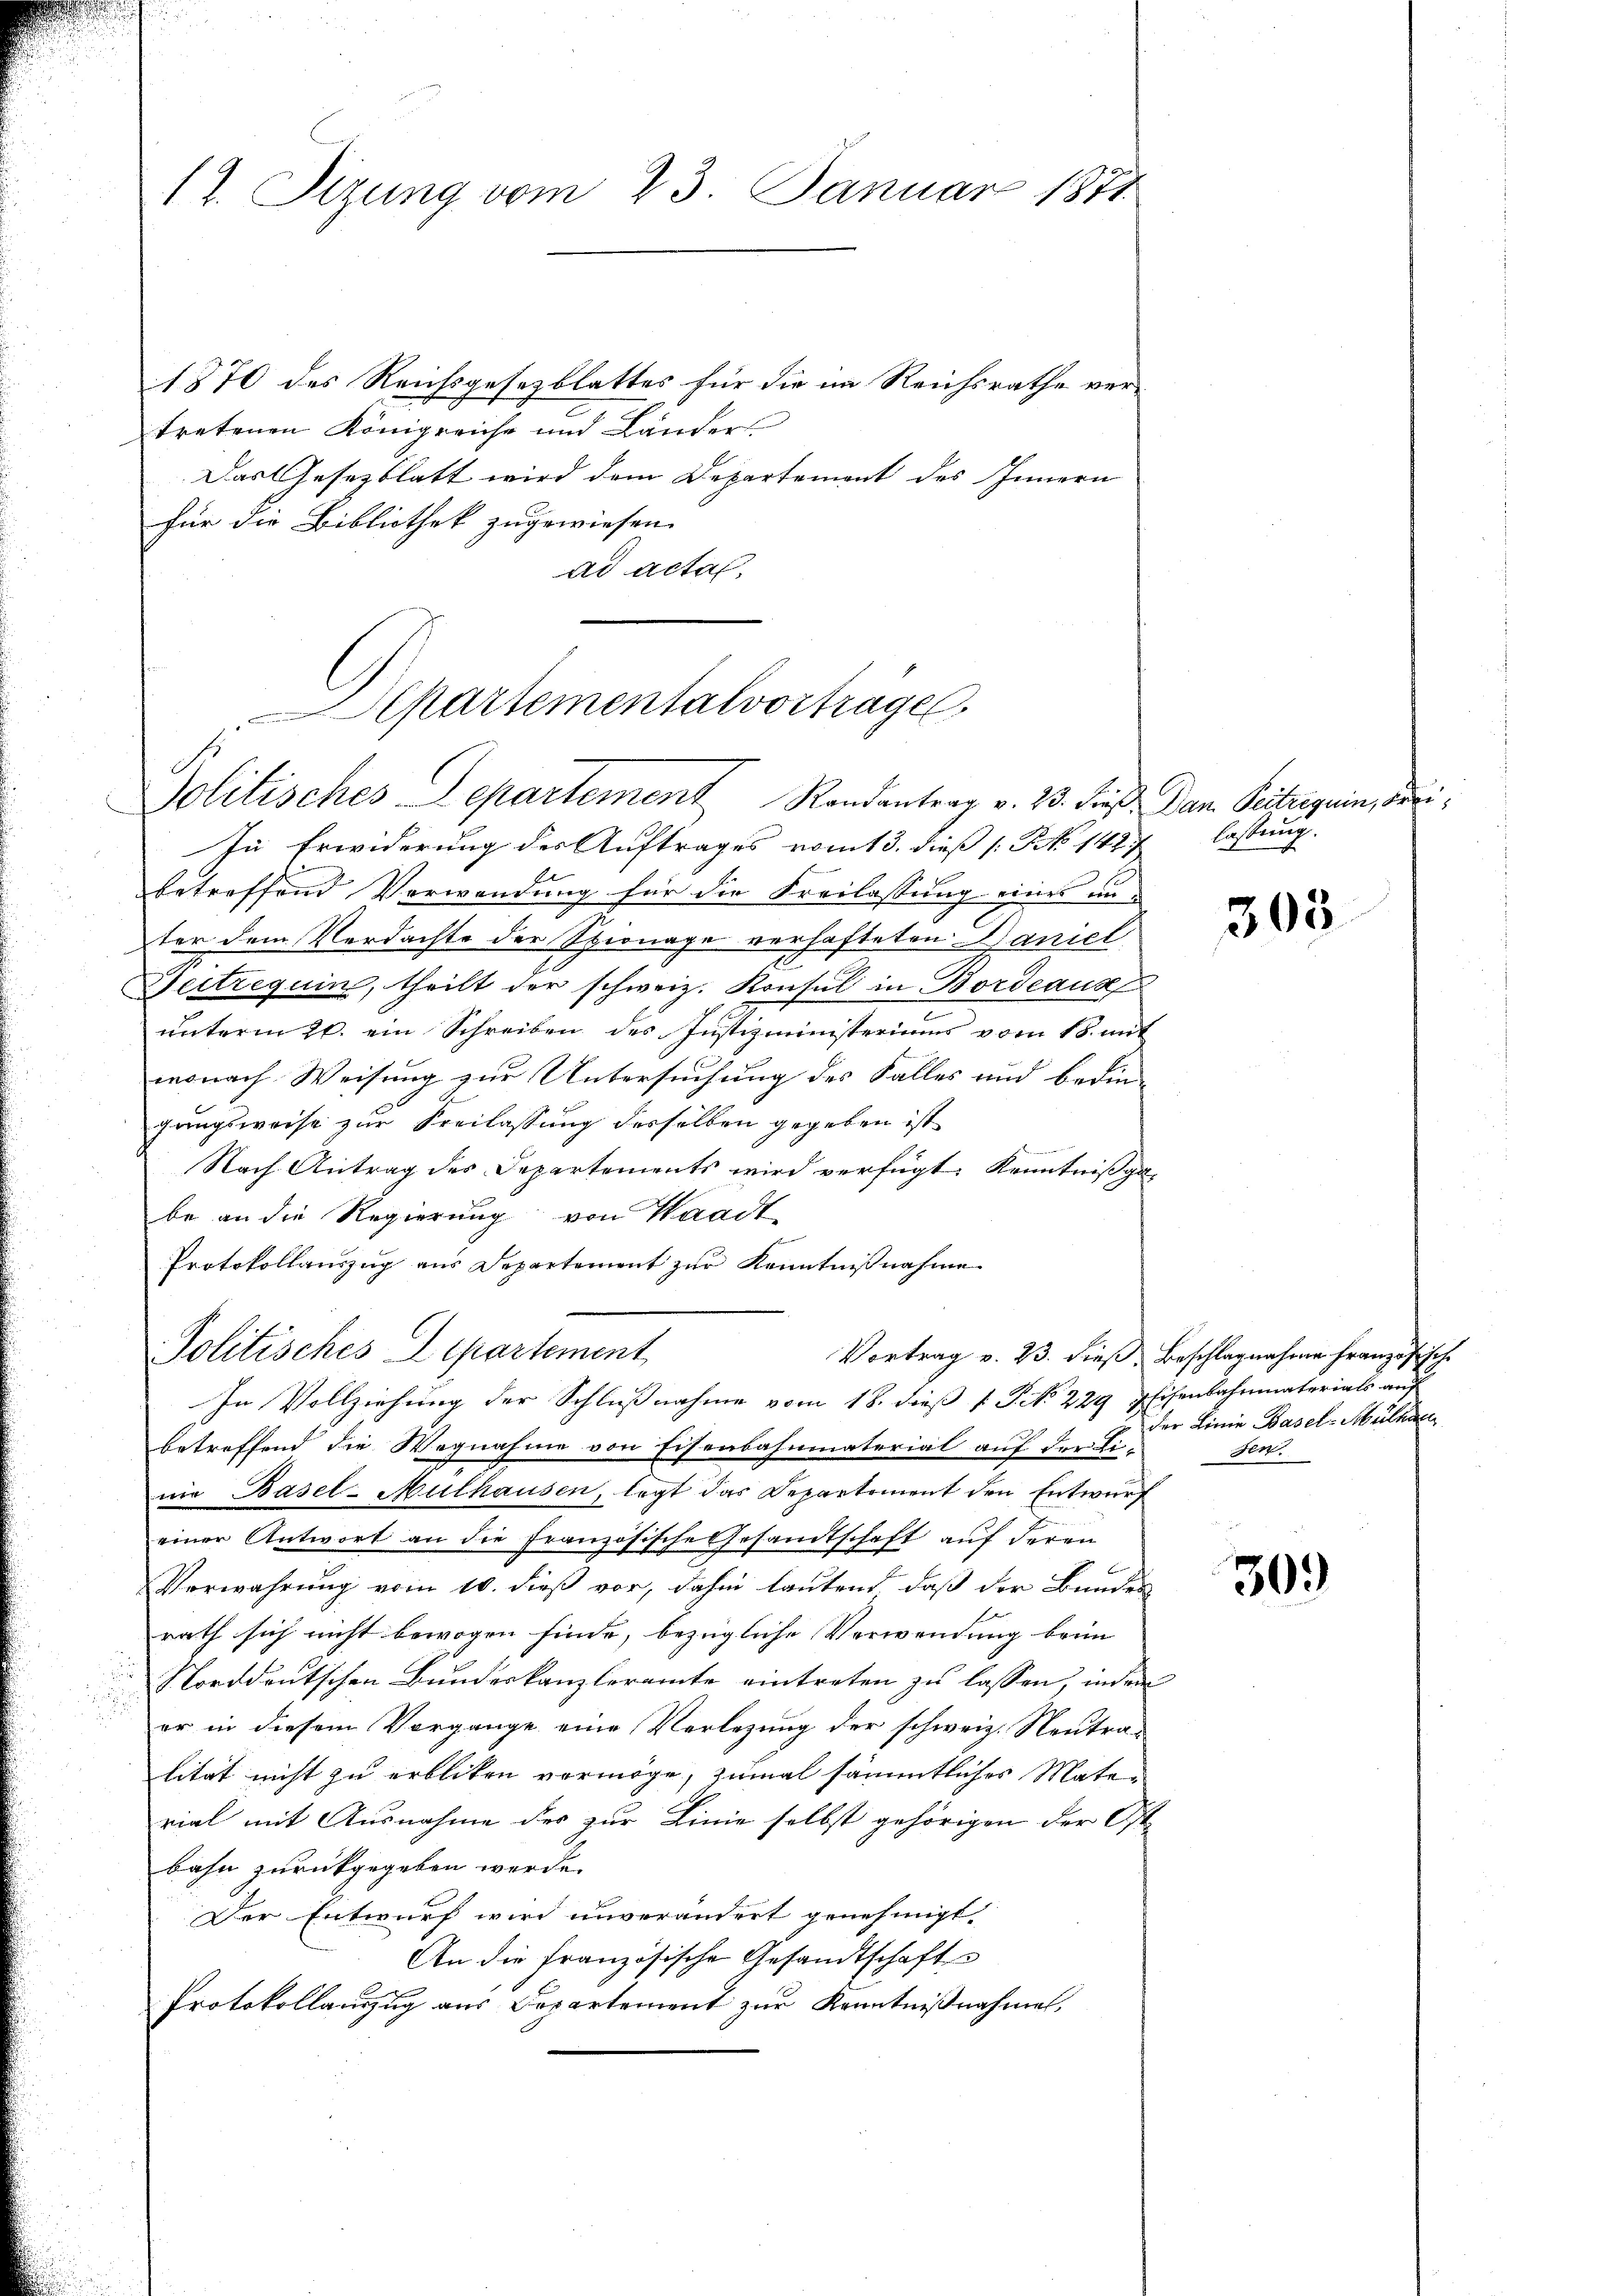
17. Sizung vom 23. Januar 1811

1870 des Reichsgesezblattes für die im Reichsrathe vertretenen Königreiche und Länders
Das Gesezblatt wird dem Departement des Innern
für die Bibliothek zugewiesen.
ad acta.

Cartementalvorträge
Jolitisches Departement Randantrag v. 23. dieß. Dan. Beitriguin, de

In Erwiderung des Auftrages vom 13. dieß (: P. 142
betreffend Verwendung für die Freilassung eines anter dem Verdachte der Spionage verhafteten Daniel
Peitrequin, theilt der schweiz. Konsul in Bordeaus
unterm 20. ein Schreiben des Justizministeriums vom 18. mit
wonach Weisung zur Untersuchung des Falles und bedingungsweise zur Seilassung desselben gegeben ist
Nach Antrag des Departements wird verfügt: Kenntnißga-
be an die Regierung von Waadt
Protokollauszug aus Departement zur Kenntnißnahme
In Vollziehung der Schlußnahme vom 18. dieß P. P. 229 Eisenbahnmaterials auf
betreffend die Wegnahme von Eisenbahnmaterial auf der Li-
nie Basel-Mülhausen, legt das Departement den Entwurf
einer Antwort an die Französische Gesandtschaft auf deren
Verwahrung vom 10. dieß vor, dahin lautend daß der Bundes
rath sich nicht bewogen finde, bezügliche Verwendung beim
Norddeutschen Bundeskanzleramte eintreten zu lassen, indem
.
er in diesem Vorgange eine Verlegung der schweiz. Neutralität nicht zu erblicken vermöge, zumal sämmtliches Material mit Ausnahme des zur Linie selbst gehörigen der Ost-
bahn zurückgegeben werde.
Der Entwurf wird unverändert genehmigt.
An die französische Gesandtschafts
Protokollanzug aus Departement zur Kenntnißnahme,

Politisches Departement

lassung.

305

Vortrag v. 23. dieß, Beschlagnahme französische
der Linie Basel-Abulkan
sen.

309